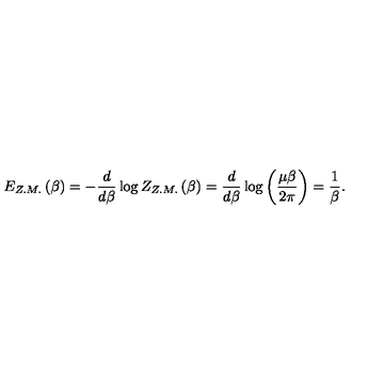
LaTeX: E _ { Z . M . } \left( \beta \right) = - \frac { d } { d \beta } \log Z _ { Z . M . } \left( \beta \right) = \frac { d } { d \beta } \log \left( \frac { \mu \beta } { 2 \pi } \right) = \frac { 1 } { \beta } .